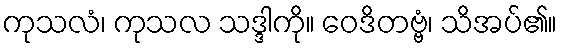
ကုသလံ၊ ကုသလ သဒ္ဒါကို။ ဝေဒိတဗ္ဗံ၊ သိအပ်၏။